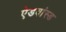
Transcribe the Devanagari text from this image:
ऐडवांस्ड